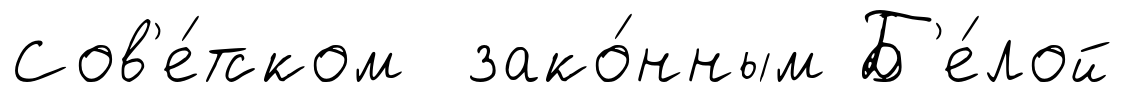
Сов'е́тском зако́нным Б'е́лой